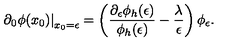
\left. \partial _ { 0 } \phi ( x _ { 0 } ) \right| _ { x _ { 0 } = \epsilon } = \left( { \frac { \partial _ { \epsilon } \phi _ { h } ( \epsilon ) } { \phi _ { h } ( \epsilon ) } } - { \frac { \lambda } { \epsilon } } \right) \phi _ { \epsilon } .